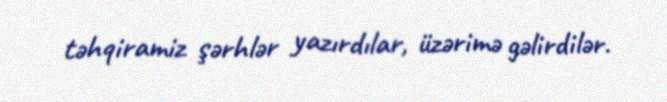
təhqiramiz şərhlər yazırdılar, üzərimə gəlirdilər.